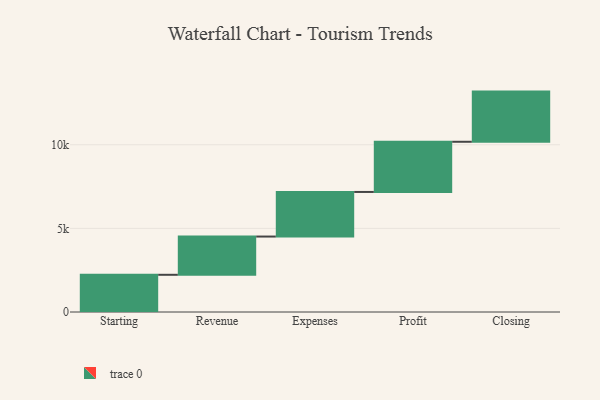
{"axis": {"x": "Step", "y": "Value"}, "legend": [""], "data": [{"x": "Starting", "y": 2224.0, "type": ""}, {"x": "Revenue", "y": 2287.0, "type": ""}, {"x": "Expenses", "y": 2667.0, "type": ""}, {"x": "Profit", "y": 3000, "type": ""}, {"x": "Closing", "y": 3000, "type": ""}]}